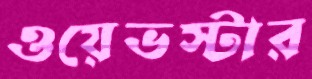
ওয়েভস্টার